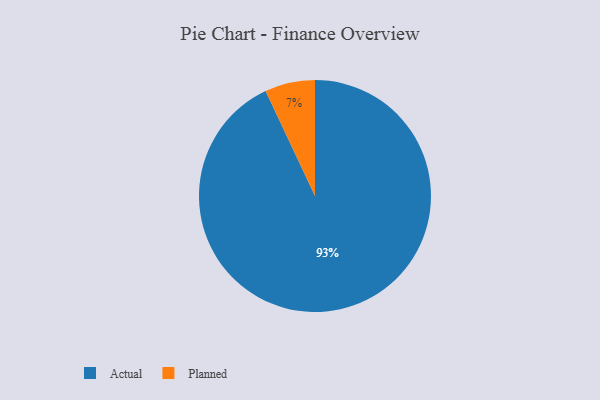
{"axis": {"x": "Category", "y": "Percentage"}, "legend": ["Actual", "Planned"], "data": [{"x": "Planned", "y": 7, "type": "Planned"}, {"x": "Actual", "y": 93, "type": "Actual"}]}